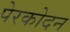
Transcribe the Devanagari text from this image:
पेरकोदन